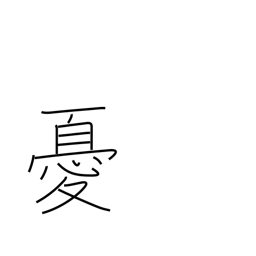
Meaning: unhappy